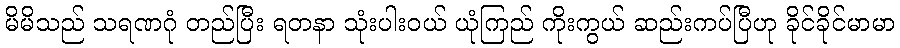
မိမိသည် သရဏဂုံ တည်ပြီး ရတနာ သုံးပါးဝယ် ယုံကြည် ကိုးကွယ် ဆည်းကပ်ပြီဟု ခိုင်ခိုင်မာမာ